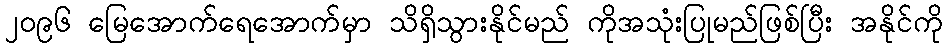
၂၀၉၆ မြေအောက်ရေအောက်မှာ သိရှိသွားနိုင်မည် ကိုအသုံးပြုမည်ဖြစ်ပြီး အနိုင်ကို